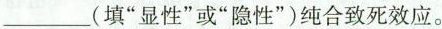
___(填”显性”或”隐性”)纯合致死效应。